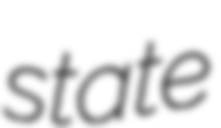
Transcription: state